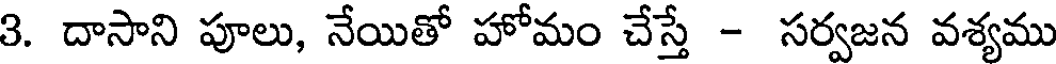
3. దాసాని పూలు, నేయితో హోమం చేస్తే - సర్వజన వశ్యము